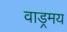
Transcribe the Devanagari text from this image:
वाड्रमय